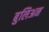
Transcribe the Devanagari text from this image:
बुलिअन